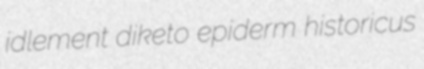
idlement diketo epiderm historicus